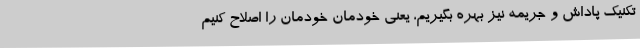
تکنیک پاداش و جریمه نیز بهره بگیریم، یعنی خودمان خودمان را اصلاح کنیم